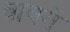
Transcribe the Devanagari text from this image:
वावगें